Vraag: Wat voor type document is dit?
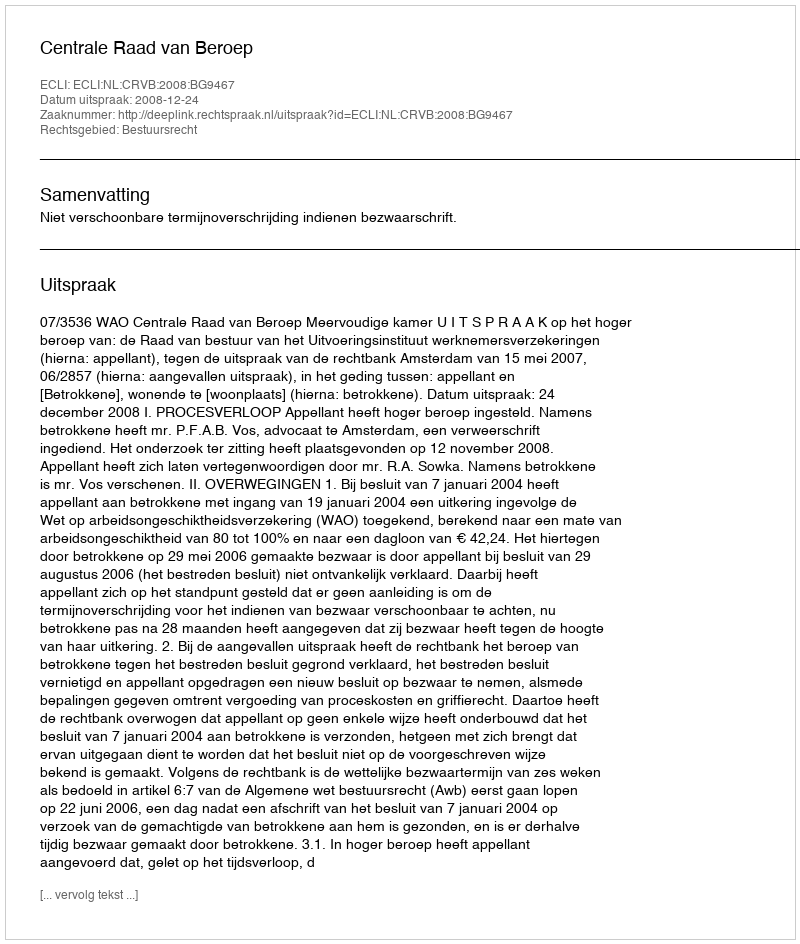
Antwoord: Uitspraak